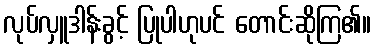
လုပ်လှူဒါန်းခွင့် ပြုပါဟုပင် တောင်းဆိုကြ၏။